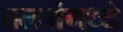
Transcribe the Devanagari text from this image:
तत्त्वांमध्ये